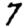
Digit: 7